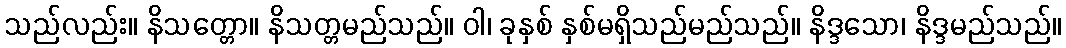
သည်လည်း။ နိသတ္တော။ နိသတ္တမည်သည်။ ဝါ၊ ခုနှစ် နှစ်မရှိသည်မည်သည်။ နိဒ္ဒသော၊ နိဒ္ဒမည်သည်။